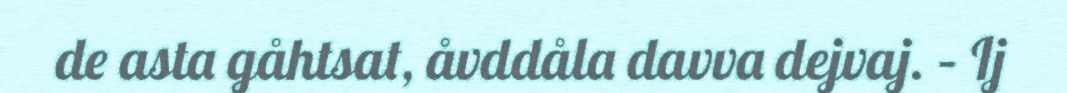
de asta gåhtsat, åvddåla davva dejvaj. – Ij